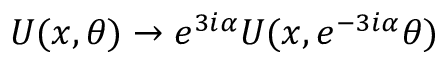
U ( x , \theta ) \rightarrow e ^ { 3 i \alpha } U ( x , e ^ { - 3 i \alpha } \theta )